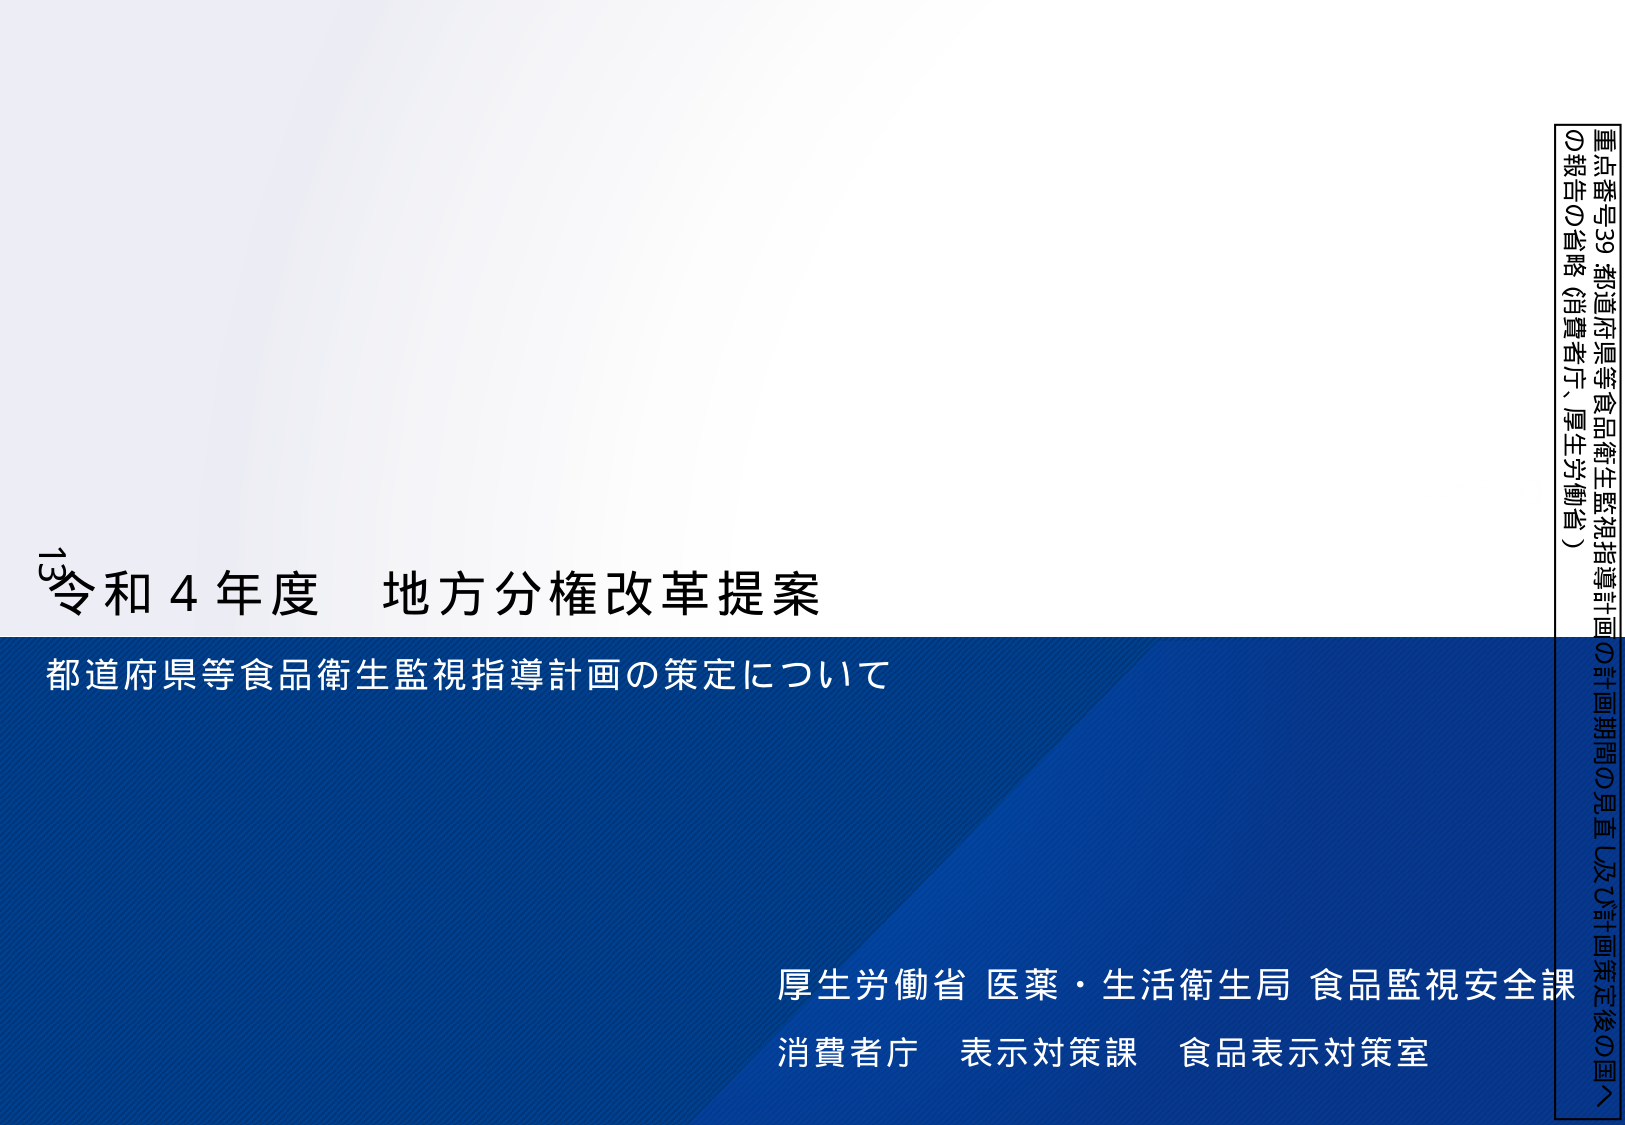
13 令和4年度 地方分権改革提案
都道府県等食品衛生監視指導計画の策定について

厚生労働省 医薬・生活衛生局 食品監視安全課
消費者庁 表示対策課 食品表示対策室

重点番号39 都道府県等食品衛生監視指導計画の計画期間の見直し及び計画策定後の国への報告の省略（消費者庁、厚生労働省）